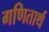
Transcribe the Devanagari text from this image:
गणितार्थ